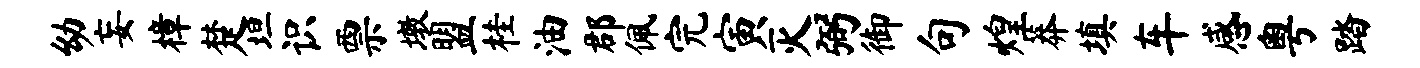
幼妄樟楚坦识票墩盟桂油郡佩完寅灭弼御句煌莽填车感粤踏